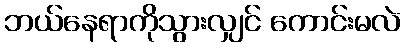
ဘယ်နေရာကိုသွားလျှင် ကောင်းမလဲ